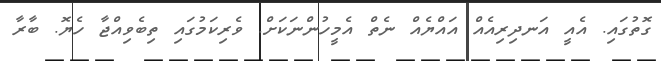
ގޮތުގައި. އެއީ އަނދިރިއެއް އައްޔެއް ނެތް އެމީހުންނަކަށް. ވެރިކަމުގައި ތިބެވިއްޖާ ހެޔޮ. ބާރާ